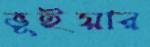
ভূইয়ার